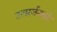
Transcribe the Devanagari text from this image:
उत्सर्जनको